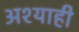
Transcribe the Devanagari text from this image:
अश्याही